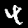
Digit: 4